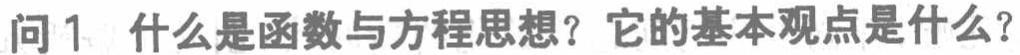
问1 什么是函数与方程思想？它的基本观点是什么？